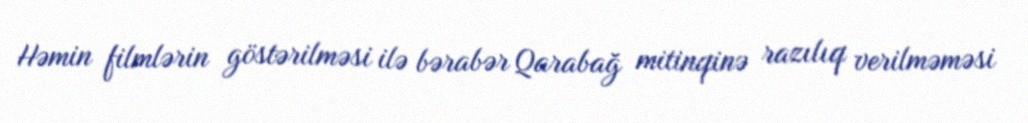
Həmin filmlərin göstərilməsi ilə bərabər Qarabağ mitinqinə razılıq verilməməsi